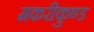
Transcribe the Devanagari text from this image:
मकरीकुण्‍ड